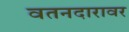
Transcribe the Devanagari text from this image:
वतनदारावर